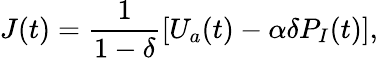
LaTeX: J(t)=\frac{1}{1-\delta}\left[U_{a}(t)-\alpha\delta P_{I}(t)\right],